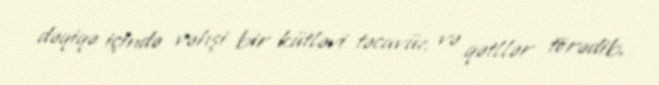
dəqiqə içində vəhşi bir kütləvi təcavüz və qətllər törədib.